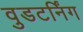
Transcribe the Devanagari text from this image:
वुडटर्निंग